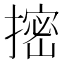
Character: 㨸